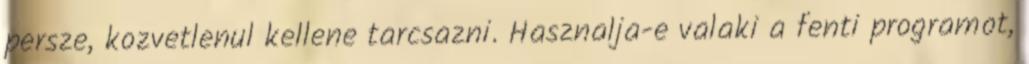
persze, kozvetlenul kellene tarcsazni. Hasznalja-e valaki a fenti programot,